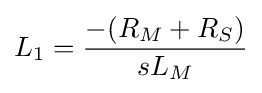
L_{1}={\frac {-(R_{M}+R_{S})}{sL_{M}}}